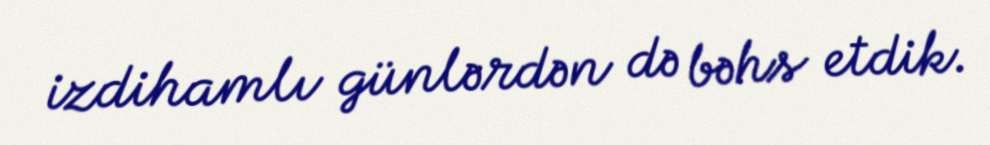
izdihamlı günlərdən də bəhs etdik.